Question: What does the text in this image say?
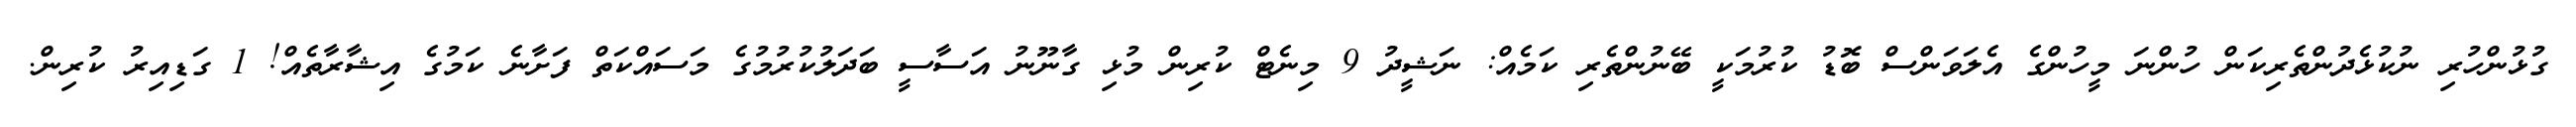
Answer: ގުޅުންހުރި ނުކުޅެދުންތެރިކަން ހުންނަ މީހުންގެ އެލަވަންސް ބޮޑު ކުރުމަކީ ބޭނުންތެރި ކަމެއް: ނަޝީދު 9 މިނެޓް ކުރިން މުޅި ގާނޫނު އަސާސީ ބަދަލުކުރުމުގެ މަސައްކަތް ފަށާނެ ކަމުގެ އިޝާރާތެއް! 1 ގަޑިއިރު ކުރިން.